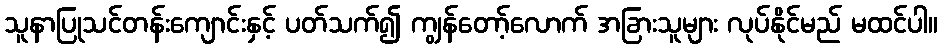
သူနာပြုသင်တန်းကျောင်းနှင့် ပတ်သက်၍ ကျွန်တော့်လောက် အခြားသူများ လုပ်နိုင်မည် မထင်ပါ။